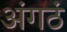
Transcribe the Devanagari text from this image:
अंगठं